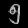
Digit: ၅